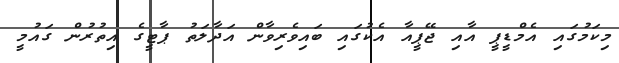
މިކަމުގައި އެމްޑީޕީ އާއި ޖޭޕީއާ އެކުގައި ބައިވެރިވާން އަދާލަތު ޕާޓީގެ އިތުރުން ގައުމީ